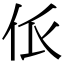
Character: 𠇊